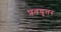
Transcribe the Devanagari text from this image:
प्रतयुत्तर